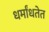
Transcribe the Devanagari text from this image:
धर्मांधतेत